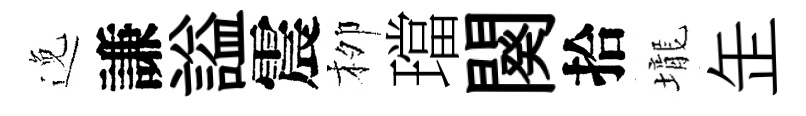
𨓜謙謚震栁璫闋拾壠𦈢